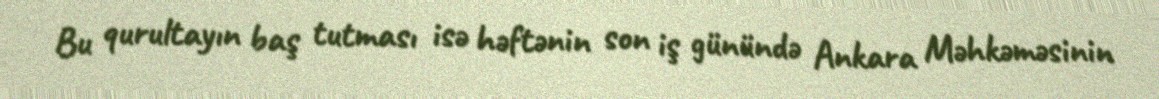
Bu qurultayın baş tutması isə həftənin son iş günündə Ankara Məhkəməsinin